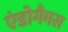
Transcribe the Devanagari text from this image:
एंडोगैमस